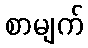
စာမျက်